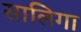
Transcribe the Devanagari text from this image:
सालिगा